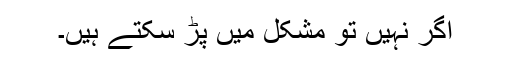
اگر نہیں تو مشکل میں پڑ سکتے ہیں۔